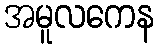
အမူလကေန